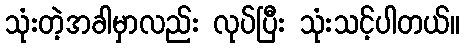
သုံးတဲ့အခါမှာလည်း လုပ်ပြီး သုံးသင့်ပါတယ်။